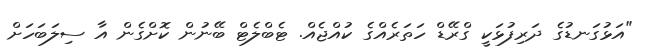
"އަޅުގަނޑުގެ ދަރިފުޅަކީ ގްރޭޑް ހަތަރެއްގެ ކުއްޖެއް. ޓެބްލެޓް ބޭނުން ކޮށްގެން އާ ސިލަބަހަށް